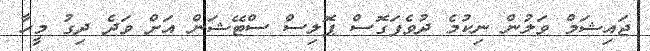
ޖައިޝަމް ވަލުން ނިކުމެ ދުވެފަގޮސް ޕޮލިސް ސްޓޭޝަން އަށް ވަދެ ދިގު މީހާ